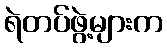
ရဲတပ်ဖွဲ့များက